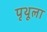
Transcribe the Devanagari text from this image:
पृथूला